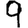
Digit: 9